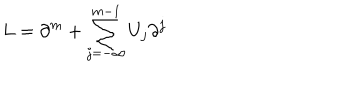
L = \partial ^ { m } + \sum _ { j = - \infty } ^ { m - 1 } U _ { j } \partial ^ { j }